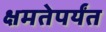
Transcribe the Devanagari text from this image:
क्षमतेपर्यंत